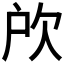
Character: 𣢖